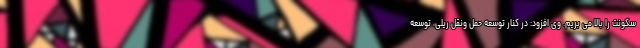
سکونت را بالا می بریم. وی افزود: در کنار توسعه حمل ونقل ریلی، توسعه